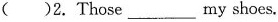
( )2.Those ___ my shoes.